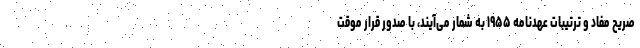
صریح مفاد و ترتیبات عهدنامه ۱۹۵۵ به شمار می‌آیند، با صدور قرار موقت